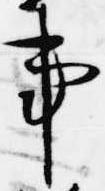
事